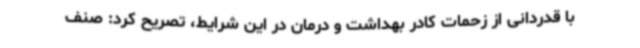
با قدردانی از زحمات کادر بهداشت و درمان در این شرایط، تصریح کرد: صنف